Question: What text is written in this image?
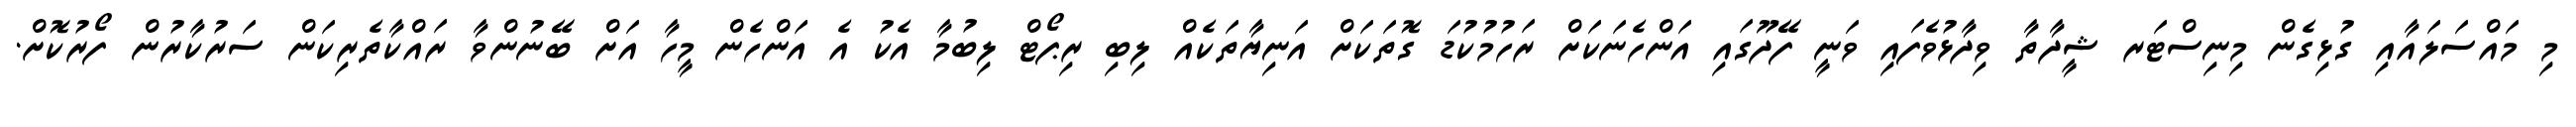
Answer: މި މައްސަލައާއި ގުޅިގެން މިނިސްޓަރ ޝީދާތާ ވިދާޅުވެފައި ވަނީ ފޭދޫގައި އަންހެނަކަށް ރަހުމުކުޑަ ގޮތަކަށް އަނިޔާތަކެއް ލިބި ރިޕޯޓް ލިބުމާ އެކު އެ އަންހެން މީހާ އަށް ބޭނުންވާ ރައްކާތެރިކަން ސަރުކާރުން ފޯރުކޮށް.